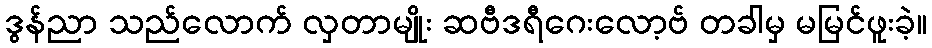
ဒွန်ညာ သည်လောက် လှတာမျိုး ဆဗီဒရီဂေးလော့ဗ် တခါမှ မမြင်ဖူးခဲ့။